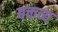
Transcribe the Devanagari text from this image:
बक्तव्य